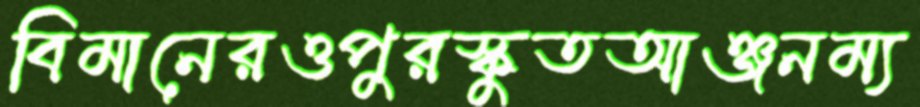
বিমানেরওপুরস্কুতআঞ্জনম্য